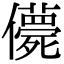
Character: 𠐿